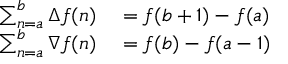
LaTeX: \begin{array} { r l } { \sum _ { n = a } ^ { b } \Delta f ( n ) } & { { } = f ( b + 1 ) - f ( a ) } \\ { \sum _ { n = a } ^ { b } \nabla f ( n ) } & { { } = f ( b ) - f ( a - 1 ) } \end{array}